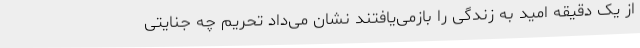
از یک دقیقه امید به زندگی را بازمی‌یافتند نشان می‌داد تحریم چه جنایتی